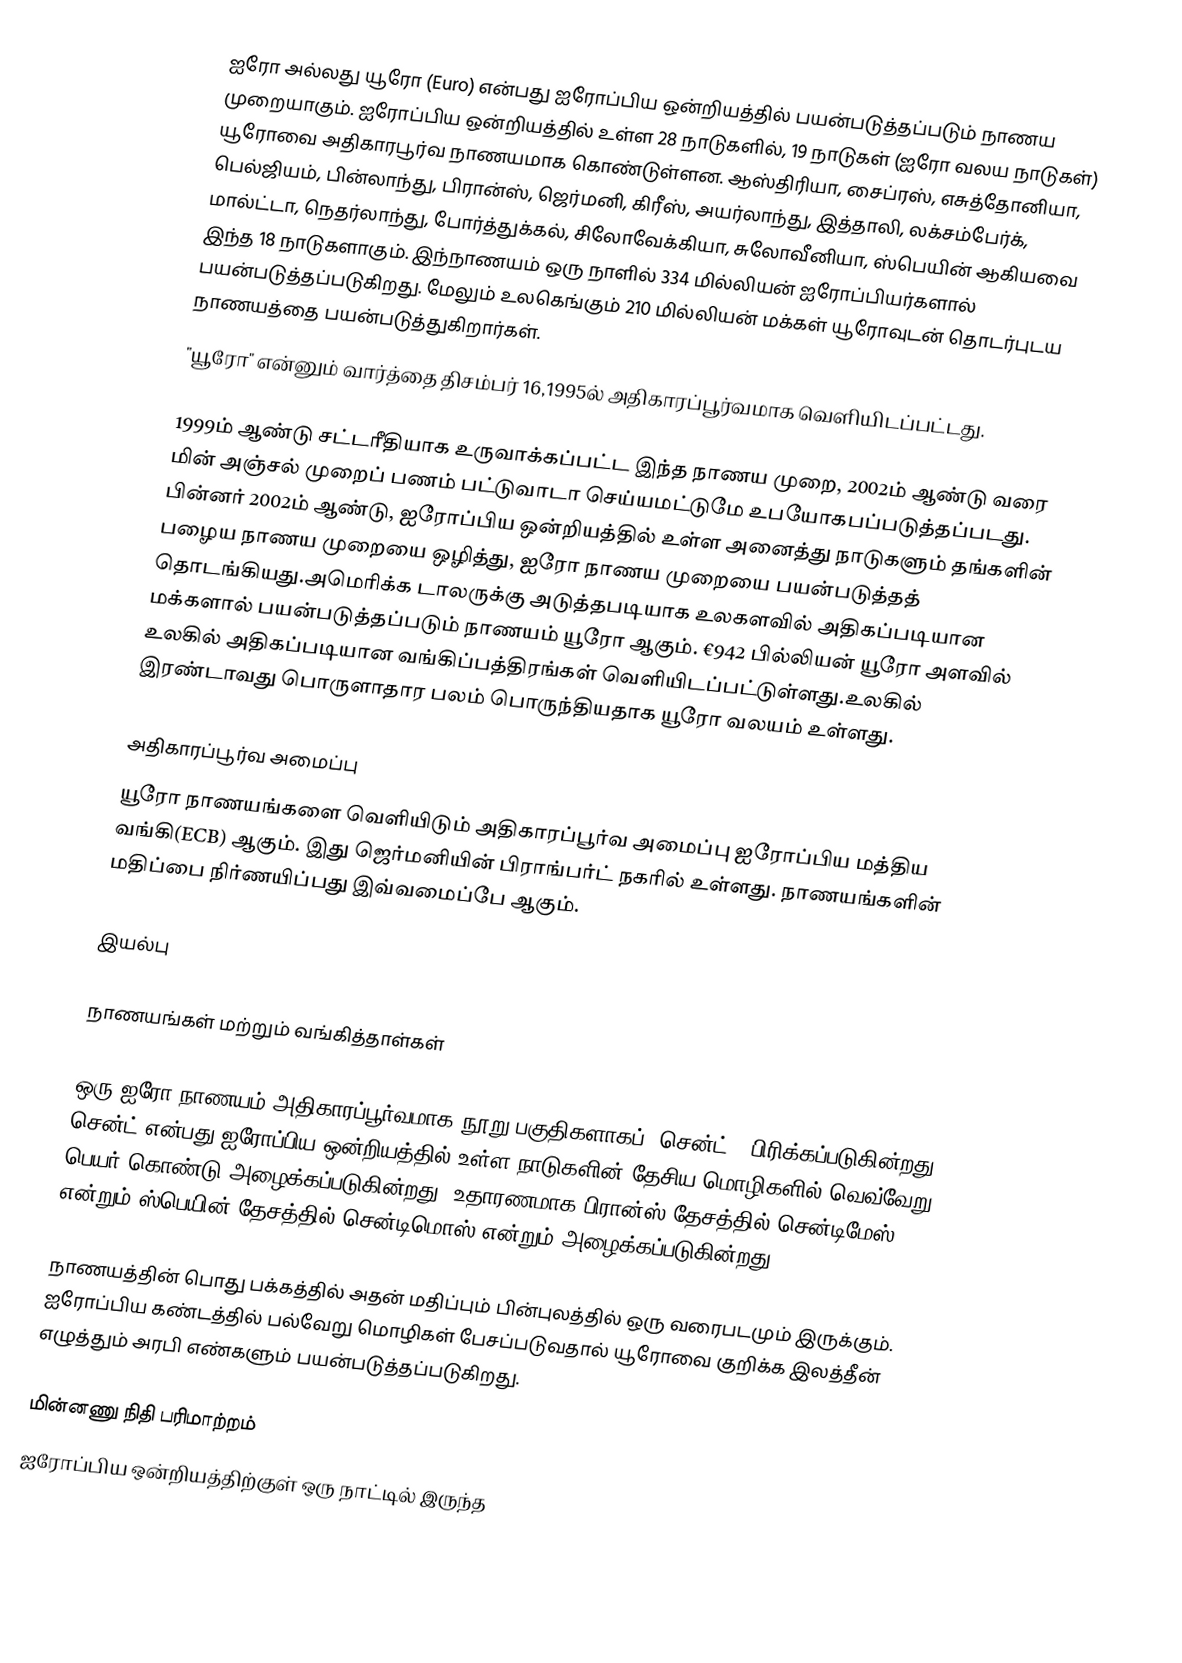
ஐரோ அல்லது யூரோ (Euro) என்பது ஐரோப்பிய ஒன்றியத்தில் பயன்படுத்தப்படும் நாணய முறையாகும். ஐரோப்பிய ஒன்றியத்தில் உள்ள 28 நாடுகளில், 19 நாடுகள் (ஐரோ வலய நாடுகள்) யூரோவை அதிகாரபூர்வ நாணயமாக கொண்டுள்ளன. ஆஸ்திரியா, சைப்ரஸ், எசுத்தோனியா, பெல்ஜியம், பின்லாந்து, பிரான்ஸ், ஜெர்மனி, கிரீஸ், அயர்லாந்து, இத்தாலி, லக்சம்பேர்க், மால்ட்டா, நெதர்லாந்து, போர்த்துக்கல், சிலோவேக்கியா, சுலோவீனியா, ஸ்பெயின் ஆகியவை இந்த 18 நாடுகளாகும். இந்நாணயம் ஒரு நாளில் 334 மில்லியன் ஐரோப்பியர்களால் பயன்படுத்தப்படுகிறது. மேலும் உலகெங்கும் 210 மில்லியன் மக்கள் யூரோவுடன் தொடர்புடய நாணயத்தை பயன்படுத்துகிறார்கள்.
"யூரோ" என்னும் வார்த்தை திசம்பர் 16,1995ல் அதிகாரப்பூர்வமாக வெளியிடப்பட்டது.

1999ம் ஆண்டு சட்டரீதியாக உருவாக்கப்பட்ட இந்த நாணய முறை, 2002ம் ஆண்டு வரை மின் அஞ்சல் முறைப் பணம் பட்டுவாடா செய்யமட்டுமே உபயோகபப்படுத்தப்படது. பின்னர் 2002ம் ஆண்டு, ஐரோப்பிய ஒன்றியத்தில் உள்ள அனைத்து நாடுகளும் தங்களின் பழைய நாணய முறையை ஒழித்து, ஐரோ நாணய முறையை பயன்படுத்தத் தொடங்கியது.அமெரிக்க டாலருக்கு அடுத்தபடியாக உலகளவில் அதிகப்படியான மக்களால் பயன்படுத்தப்படும் நாணயம் யூரோ ஆகும். €942 பில்லியன் யூரோ அளவில் உலகில் அதிகப்படியான வங்கிப்பத்திரங்கள் வெளியிடப்பட்டுள்ளது.உலகில் இரண்டாவது பொருளாதார பலம் பொருந்தியதாக யூரோ வலயம் உள்ளது.

அதிகாரப்பூர்வ அமைப்பு
யூரோ நாணயங்களை வெளியிடும் அதிகாரப்பூர்வ அமைப்பு ஐரோப்பிய மத்திய வங்கி(ECB) ஆகும். இது ஜெர்மனியின் பிராங்பர்ட் நகரில் உள்ளது. நாணயங்களின் மதிப்பை  நிர்ணயிப்பது இவ்வமைப்பே ஆகும்.

இயல்பு

நாணயங்கள் மற்றும் வங்கித்தாள்கள்

ஒரு ஐரோ நாணயம் அதிகாரப்பூர்வமாக நூறு பகுதிகளாகப் (சென்ட் ) பிரிக்கப்படுகின்றது. சென்ட் என்பது ஐரோப்பிய ஒன்றியத்தில் உள்ள நாடுகளின் தேசிய மொழிகளில் வெவ்வேறு பெயர் கொண்டு அழைக்கப்படுகின்றது, உதாரணமாக பிரான்ஸ் தேசத்தில் சென்டிமேஸ் என்றும் ஸ்பெயின் தேசத்தில் சென்டிமொஸ் என்றும் அழைக்கப்படுகின்றது.

நாணயத்தின் பொது பக்கத்தில் அதன் மதிப்பும் பின்புலத்தில் ஒரு வரைபடமும் இருக்கும். ஐரோப்பிய கண்டத்தில் பல்வேறு மொழிகள் பேசப்படுவதால் யூரோவை குறிக்க இலத்தீன் எழுத்தும் அரபி எண்களும் பயன்படுத்தப்படுகிறது.

மின்னணு நிதி பரிமாற்றம்
ஐரோப்பிய ஒன்றியத்திற்குள் ஒரு நாட்டில் இருந்த